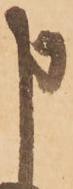
申